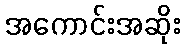
အကောင်းအဆိုး